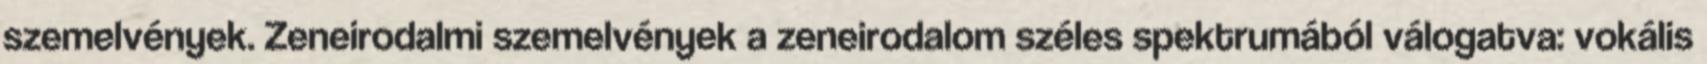
szemelvények. Zeneirodalmi szemelvények a zeneirodalom széles spektrumából válogatva: vokális